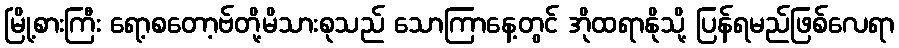
မြို့စားကြီး ရော့စတော့ဗ်တို့မိသားစုသည် သောကြာနေ့တွင် အိုထရာနိုသို့ ပြန်ရမည်ဖြစ်လေရာ